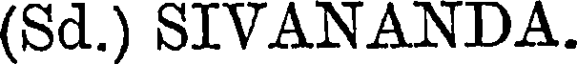
(Sd.) SIVANANDA.